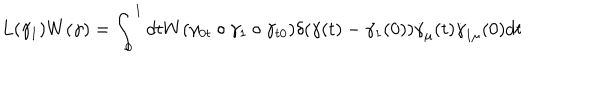
LaTeX: L ( \gamma _ { 1 } ) W ( \gamma ) = \int _ { 0 } ^ { 1 } d t W ( \gamma _ { 0 t } \circ \gamma _ { 1 } \circ \gamma _ { t 0 } ) \delta ( \gamma ( t ) - \gamma _ { 1 } ( 0 ) ) \dot { \gamma } _ { \mu } ( t ) \dot { \gamma } _ { 1 \mu } ( 0 ) d t